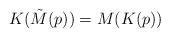
LaTeX: \begin{align*} K(\tilde{M}(p)) = M(K(p))\end{align*}